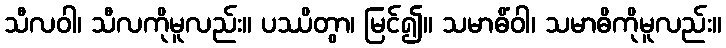
သီလဝါ၊ သီလကိုမူလည်း။ ပဿိတွာ၊ မြင်၍။ သမာဓိံဝါ၊ သမာဓိကိုမူလည်း။